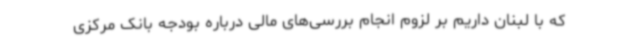
که با لبنان داریم بر لزوم انجام بررسی‌های مالی درباره بودجه بانک مرکزی